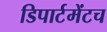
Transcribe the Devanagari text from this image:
डिपार्टमेंटच